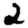
Digit: 2